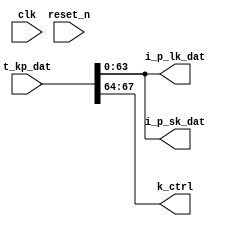

module p_decode_dat_1_2 (
    input [67:0] t_kp_dat,
    output wire [63:0] 	i_p_sk_dat,
    output wire [63:0] 	i_p_lk_dat,
    output wire [3:0] 			k_ctrl,
    input 						clk, reset_n
);

   assign i_p_sk_dat=t_kp_dat[63:0];
   assign i_p_lk_dat=t_kp_dat[63:0];

   assign k_ctrl=t_kp_dat[67:64];

endmodule